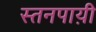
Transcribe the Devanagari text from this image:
स्तनपाय़ी